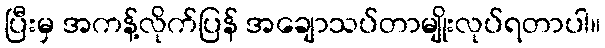
ပြီးမှ အကန့်လိုက်ပြန် အချောသပ်တာမျိုးလုပ်ရတာပါ။